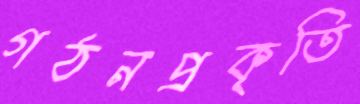
গঠনপ্রকৃতি